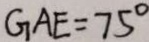
G A E = 7 5 ^ { \circ }